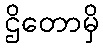
ဌိတောမှိ